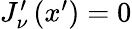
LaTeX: \begin{array}{r}{J_{\nu}^{\prime}\left(x^{\prime}\right)=0}\end{array}